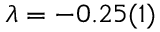
\lambda = - 0 . 2 5 ( 1 )